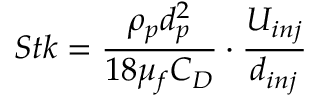
S t k = \frac { \rho _ { p } d _ { p } ^ { 2 } } { 1 8 \mu _ { f } C _ { D } } \cdot \frac { U _ { i n j } } { d _ { i n j } }